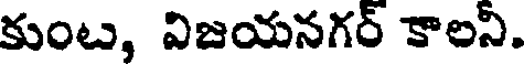
కుంట, విజయనగర్ కాలని.